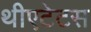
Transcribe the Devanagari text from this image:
थीएटेटस